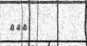
١١٧